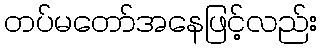
တပ်မတော်အနေဖြင့်လည်း